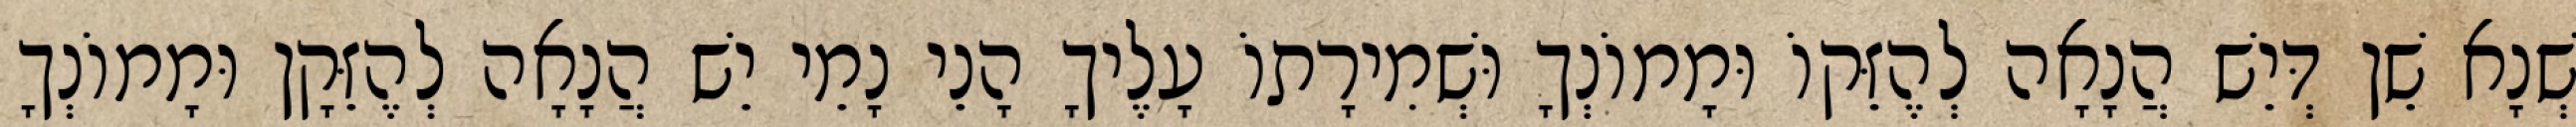
שְׁנָא שֵׁן דְּיֵשׁ הֲנָאָה לְהֶזֵּקוֹ וּמָמוֹנְךָ וּשְׁמִירָתוֹ עָלֶיךָ הָנֵי נָמֵי יֵשׁ הֲנָאָה לְהֶזֵּקָן וּמָמוֹנְךָ